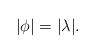
LaTeX: \begin{align*}|\phi|=|\lambda|.\end{align*}